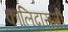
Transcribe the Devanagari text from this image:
कालिदासजी